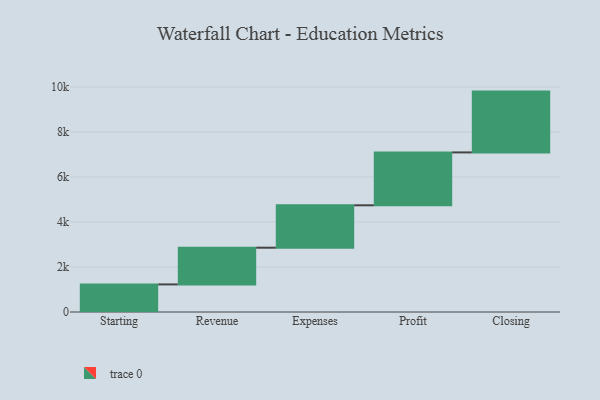
{"axis": {"x": "Step", "y": "Value"}, "legend": [""], "data": [{"x": "Starting", "y": 1226.0, "type": ""}, {"x": "Revenue", "y": 1631.0, "type": ""}, {"x": "Expenses", "y": 1884.0, "type": ""}, {"x": "Profit", "y": 2350.0, "type": ""}, {"x": "Closing", "y": 2702.0, "type": ""}]}